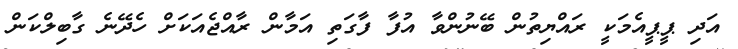
އަދި ޕީޕީއެމަކީ ރައްޔިތުން ބޭނުންވާ އުފާ ފާގަތި އަމާން ރާއްޖެއަކަށް ހެދޭނެ ގާބިލްކަން